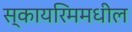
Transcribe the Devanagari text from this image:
स्कायरिममधील